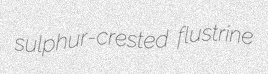
sulphur-crested flustrine